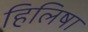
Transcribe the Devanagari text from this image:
हिलिषा